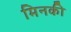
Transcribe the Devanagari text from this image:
मिनकी